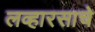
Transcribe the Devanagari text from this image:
लव्हारसाचे